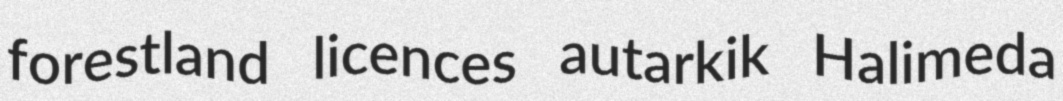
forestland licences autarkik Halimeda